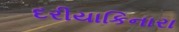
દરીયાકિનારા